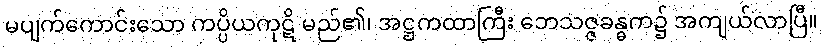
မပျက်ကောင်းသော ကပ္ပိယကုဋိ မည်၏၊ အဋ္ဌကထာကြီး ဘေသဇ္ဇခန္ဓက၌ အကျယ်လာပြီ။